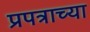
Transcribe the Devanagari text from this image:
प्रपत्राच्या